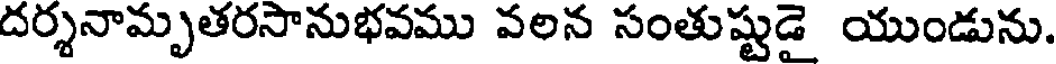
దర్శనామృతరసానుభవము వలన సంతుష్టుడై యుండును.